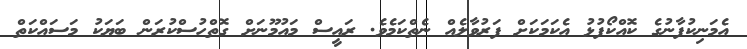
އެމަނިކުފާނުގެ ކޮއްކޯފުޅު އެކަމަކަށް ފަރުވާލެއް ނެތްކަމެވެ. ރައީސް މައުމޫނަށް ގޮތްހުސްކުރަން ބަޔަކު މަސައްކަތް